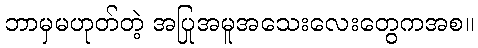
ဘာမှမဟုတ်တဲ့ အပြုအမူအသေးလေးတွေကအစ။